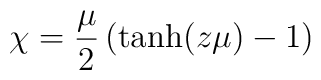
\chi =  {\mu \over 2} \left ({\rm tanh}(z\mu) - 1\right )